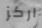
اركز